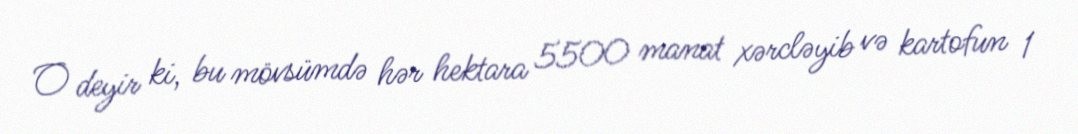
O deyir ki, bu mövsümdə hər hektara 5500 manat xərcləyib və kartofun 1